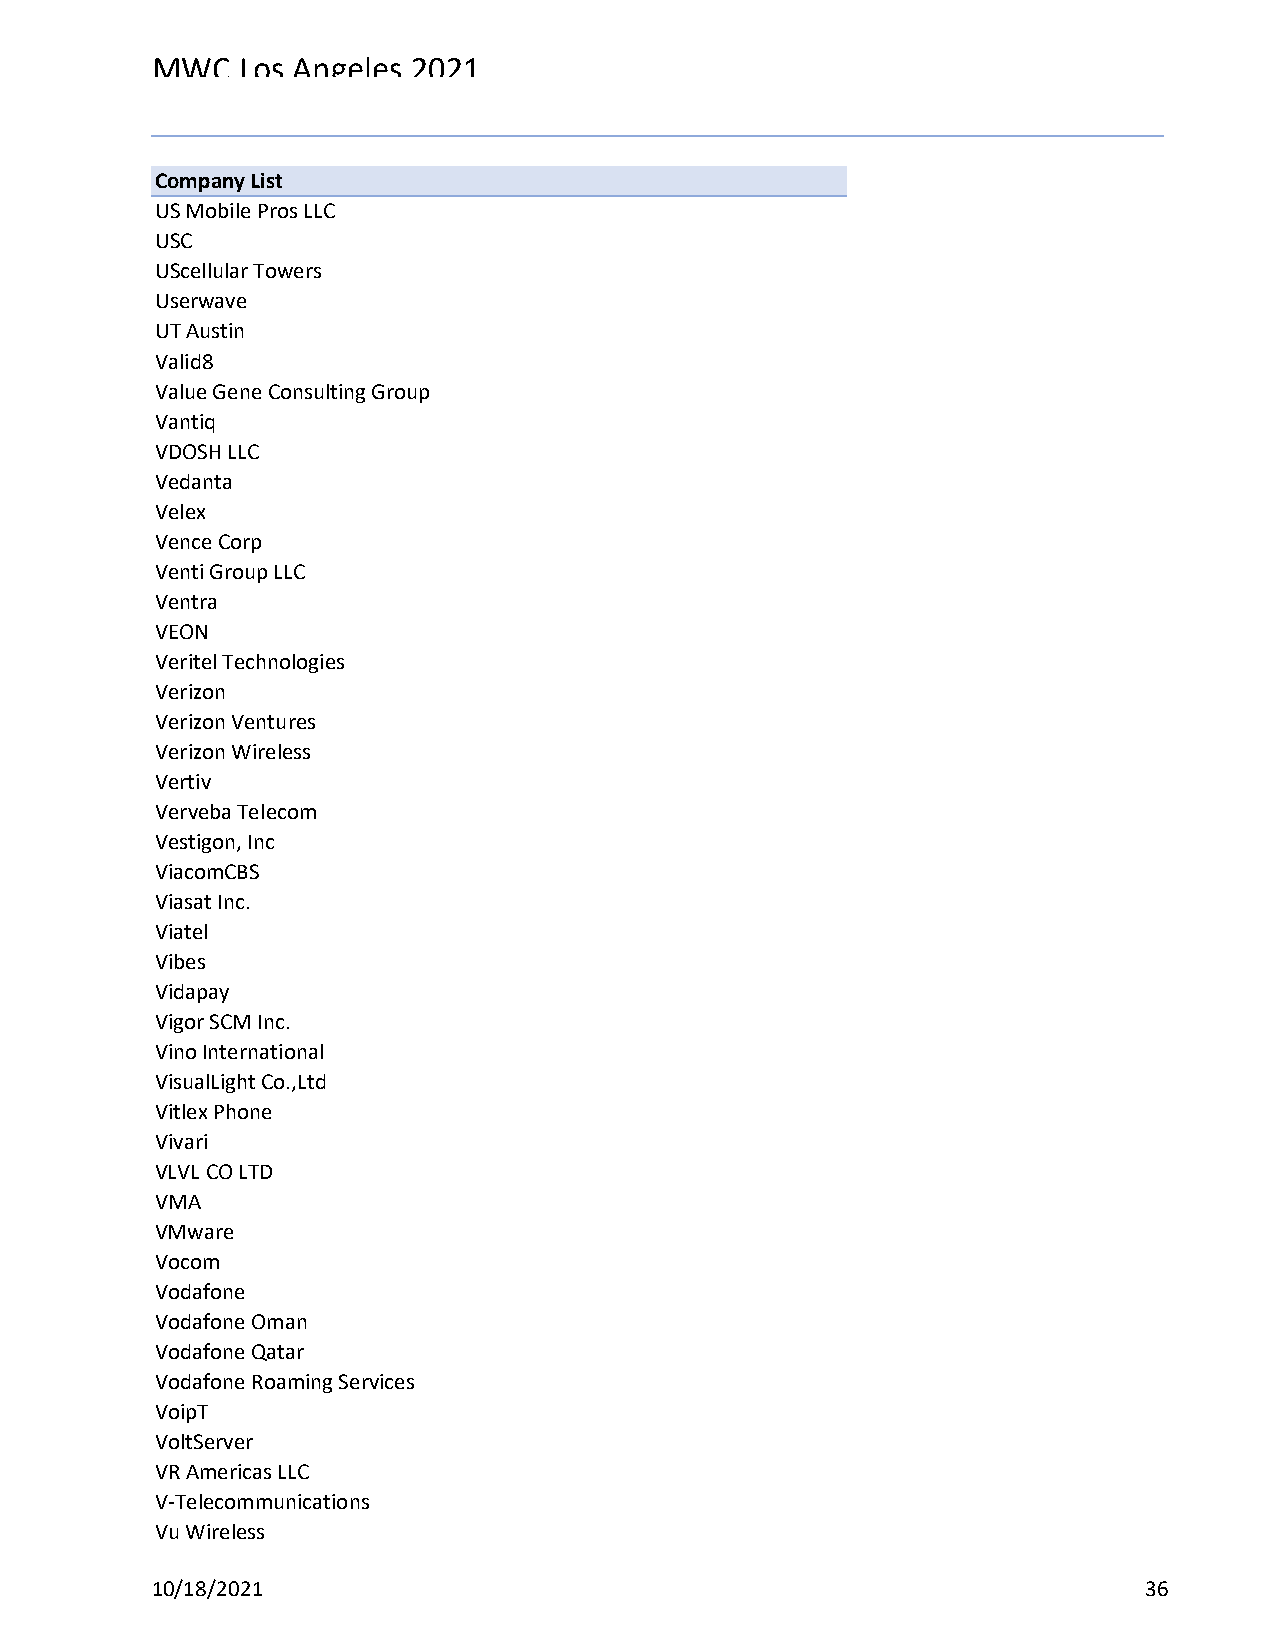
MWC   Los Angeles 2021
 Reg Status                                    Registration Complete
 Code Description                              (Multiple Items)
 Company List
 US Mobile Pros LLC
 USC
 UScellular Towers
 Userwave
 UT Austin
 Valid8
 Value Gene Consulting Group
 Vantiq
 VDOSH LLC
 Vedanta
 Velex
 Vence Corp
 Venti Group LLC
 Ventra
 VEON
 Veritel Technologies
 Verizon
 Verizon Ventures
 Verizon Wireless
 Vertiv
 Verveba Telecom
 Vestigon, Inc
 ViacomCBS
 Viasat Inc.
 Viatel
 Vibes
 Vidapay
 Vigor SCM Inc.
 Vino International
 VisualLight Co.,Ltd
 Vitlex Phone
 Vivari
 VLVL CO LTD
 VMA
 VMware
 Vocom
 Vodafone
 Vodafone Oman
 Vodafone Qatar
 Vodafone Roaming Services
 VoipT
 VoltServer
 VR Americas LLC
 V-Telecommunications
 Vu Wireless
 10/18/2021                                                        36